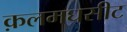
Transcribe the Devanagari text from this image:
क़लमघसीट